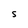
Character: S